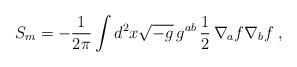
LaTeX: \begin{align*}S_m=-{1\over2\pi}\int d^2x\sqrt{-g}\,g^{ab}\,{1\over2}\,\nabla_a f\nabla_b f\;,\end{align*}